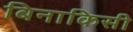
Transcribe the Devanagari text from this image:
बिनाकिसी